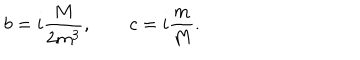
LaTeX: b = i \frac { M } { 2 m ^ { 3 } } , \, \, \, \, \, \, \, \, \, \, \, \, c = i \frac { m } { M } .